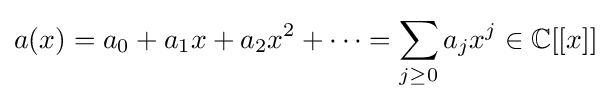
a(x)=a_{0}+a_{1}x+a_{2}x^{2}+\cdots =\sum _{j\geq 0}a_{j}x^{j}\in \mathbb {C} [[x]]